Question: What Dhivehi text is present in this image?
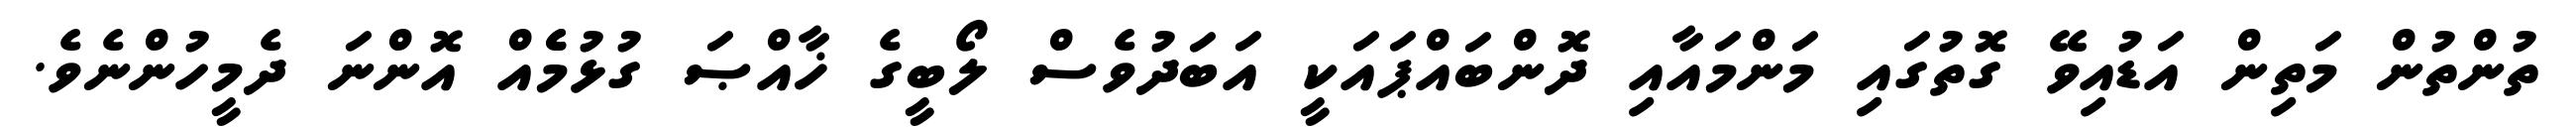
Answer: ތުންތުން މަތިން އަޑުއިވޭ ގޮތުގައި މަންމައާއި ދޮންބައްޕައަކީ އަބަދުވެސް ލޯބީގެ ޚާއްޞަ ގުޅުމެެއް އޮންނަ ދެމީހުންނެވެ.